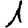
Digit: 1